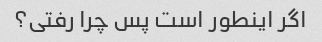
اگر اینطور است پس چرا رفتی؟